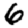
Digit: 6